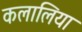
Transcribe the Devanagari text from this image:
कलालिया